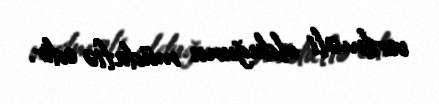
verilməli olduğunu müdafiə edir.